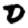
Digit: 0